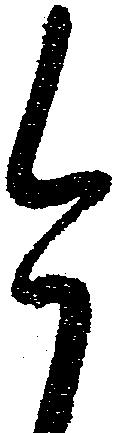
今